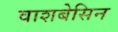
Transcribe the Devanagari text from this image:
वाशबेसिन